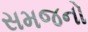
સમજનો